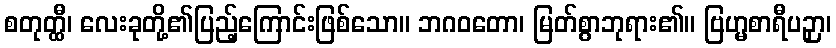
စတုတ္ထီ၊ လေးခုတို့၏ပြည့်ကြောင်းဖြစ်သော။ ဘဂဝတော၊ မြတ်စွာဘုရား၏။ ဗြဟ္မစာရီပဉှာ၊